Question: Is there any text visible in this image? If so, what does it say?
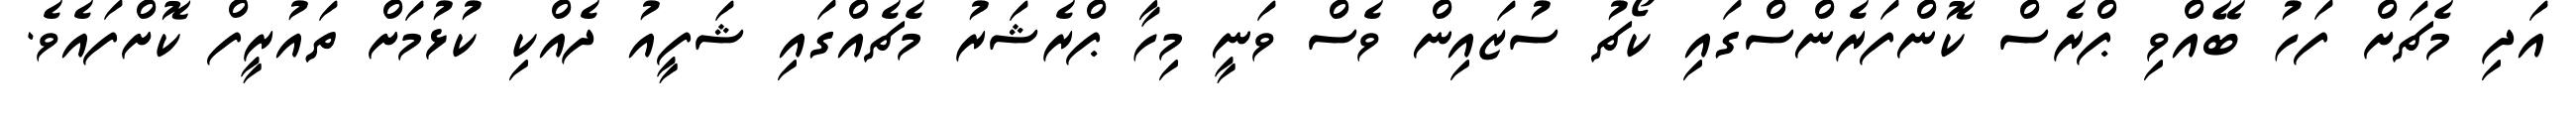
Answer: އަދި މެޗަށް ފަހު ބޭއްވި ޕްރެސް ކޮންފަރެންސްގައި ކޯޗު ސުޒައިން ވެސް ވަނީ މިހާ ޕްރެޝަރު މެޗެއްގައި ޝަފީއު ދެއްކި ކުޅުމަށް ތައުރީފް ކޮށްފައެވެ.